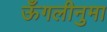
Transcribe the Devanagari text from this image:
ऊँगलीनुमा